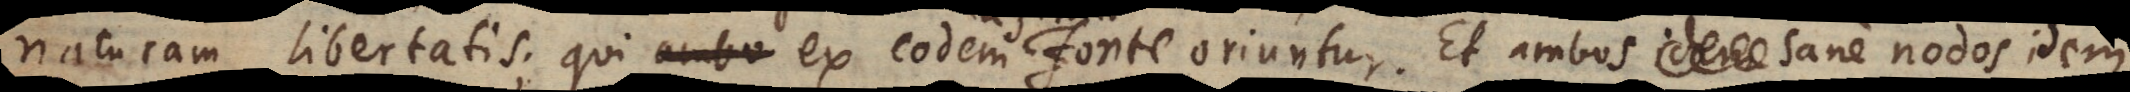
naturam libertatis, qui ex eodem fonte oriuntur. Et ambos idem sane nodos idem